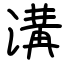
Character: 溝